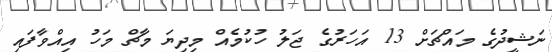
ނަޝީދުގެ މައްޗަށް 13 އަހަރުގެ ޖަލު ހުކުމެއް މިދިޔަ މާޗް މަހު އިއްވާފައި